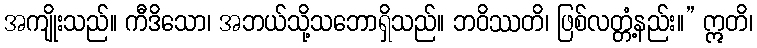
အကျိုးသည်။ ကီဒိသော၊ အဘယ်သို့သဘောရှိသည်။ ဘဝိဿတိ၊ ဖြစ်လတ္တံ့နည်း။” ဣတိ၊